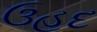
ઉહદ